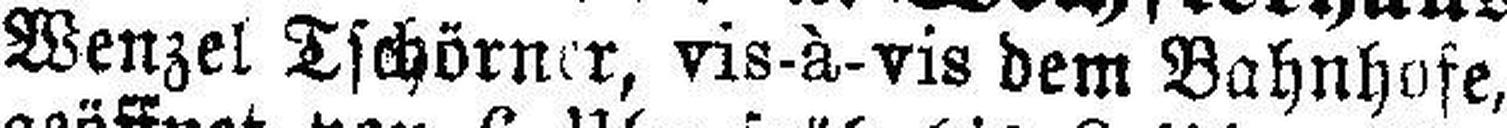
Wenzel Tschörner, vis-à-vis dem Bahnhofe,